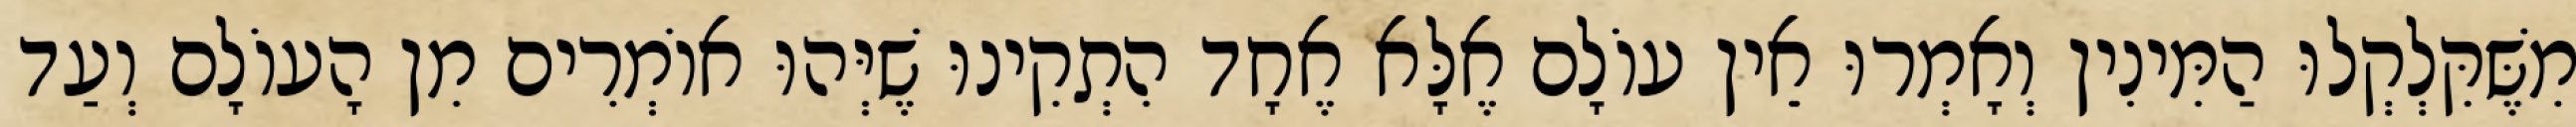
מִשֶּׁקִּלְקְלוּ הַמִּינִין וְאָמְרוּ אֵין עוֹלָם אֶלָּא אֶחָד הִתְקִינוּ שֶׁיְּהוּ אוֹמְרִים מִן הָעוֹלָם וְעַד